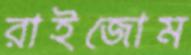
রাইজোম